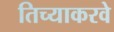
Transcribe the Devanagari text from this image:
तिच्याकरवे